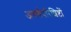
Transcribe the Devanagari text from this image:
अथर्वपरिशिष्टों